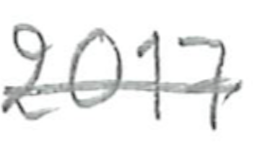
Text: 2017
Cross-out: single-line
Writing tool: pencil